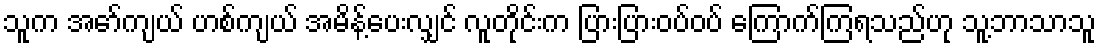
သူက အော်ကျယ် ဟစ်ကျယ် အမိန့်ပေးလျှင် လူတိုင်းက ပြားပြားဝပ်ဝပ် ကြောက်ကြရသည်ဟု သူ့ဘာသာသူ